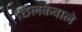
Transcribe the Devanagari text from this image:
छिलकेवाले